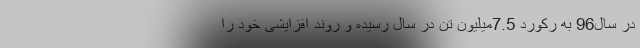
در سال96 به رکورد 7.5میلیون تن در سال رسیده و روند افزایشی خود را